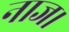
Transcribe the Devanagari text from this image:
नाज।